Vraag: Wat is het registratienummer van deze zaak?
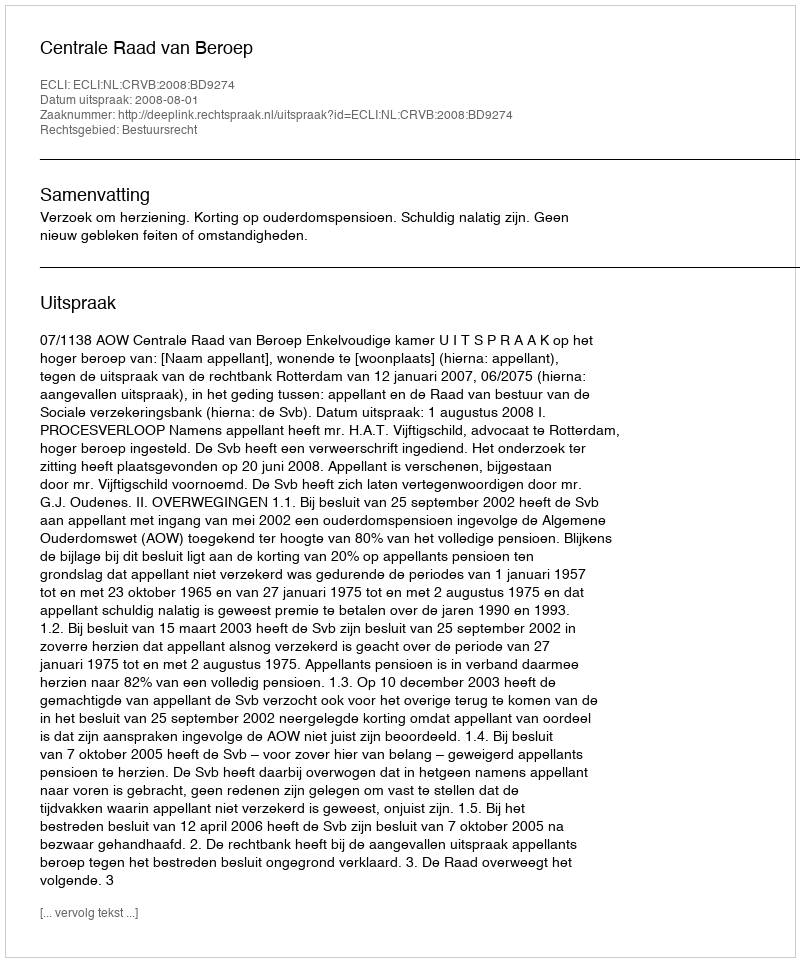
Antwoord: http://deeplink.rechtspraak.nl/uitspraak?id=ECLI:NL:CRVB:2008:BD9274